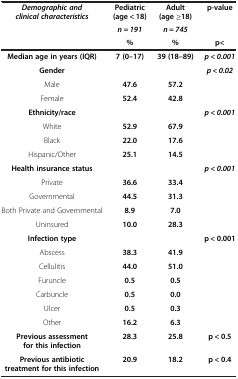
| Demographic and clinical characteristics | Pediatric (age < 18) | Adult (age ≥18) | p-value |
 |  | n = 191 | n = 745 |  |
 |  | % | % | p< |
 | --- | --- | --- | --- |
 | Median age in years (IQR) | 7 (0–17) | 39 (18–89) | p < 0.001 |
 | Gender |  |  | p < 0.02 |
 | Male | 47.6 | 57.2 |  |
 | Female | 52.4 | 42.8 |  |
 | Ethnicity/race |  |  | p < 0.001 |
 | White | 52.9 | 67.9 |  |
 | Black | 22.0 | 17.6 |  |
 | Hispanic/Other | 25.1 | 14.5 |  |
 | Health insurance status |  |  | p < 0.001 |
 | Private | 36.6 | 33.4 |  |
 | Governmental | 44.5 | 31.3 |  |
 | Both Private and Governmental | 8.9 | 7.0 |  |
 | Uninsured | 10.0 | 28.3 |  |
 | Infection type |  |  | p < 0.001 |
 | Abscess | 38.3 | 41.9 |  |
 | Cellulitis | 44.0 | 51.0 |  |
 | Furuncle | 0.5 | 0.5 |  |
 | Carbuncle | 0.5 | 0.0 |  |
 | Ulcer | 0.5 | 0.3 |  |
 | Other | 16.2 | 6.3 |  |
 | Previous assessment for this infection | 28.3 | 25.8 | p < 0.5 |
 | Previous antibiotic treatment for this infection | 20.9 | 18.2 | p < 0.4 |